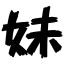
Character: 妹